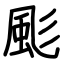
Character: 颩